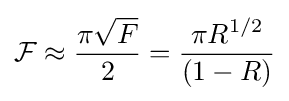
{\mathcal {F}}\approx {\frac {\pi {\sqrt {F}}}{2}}={\frac {\pi R^{1/2}}{(1-R)}}